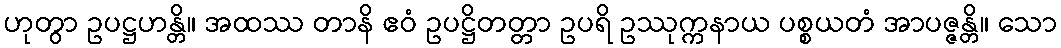
ဟုတွာ ဥပဋ္ဌဟန္တိ။ အထဿ တာနိ ဧဝံ ဥပဋ္ဌိတတ္တာ ဥပရိ ဥဿုက္ကနာယ ပစ္စယတံ အာပဇ္ဇန္တိ။ သော